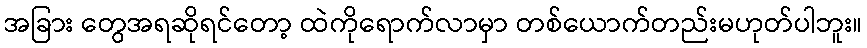
အခြား တွေအရဆိုရင်တော့ ထဲကိုရောက်လာမှာ တစ်ယောက်တည်းမဟုတ်ပါဘူး။